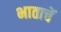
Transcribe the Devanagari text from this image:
भाताचें